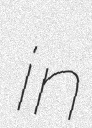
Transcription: in